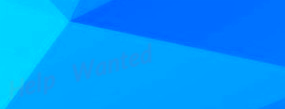
Help Wanted